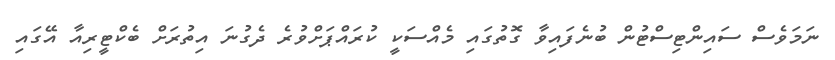
ނަމަވެސް ސައިންޓިސްޓުން ބުނެފައިވާ ގޮތުގައި މެއްސަކީ ކުރައްޕަށްވުރެ ދެގުނަ އިތުރަށް ބެކްޓީރިއާ އޭގައި